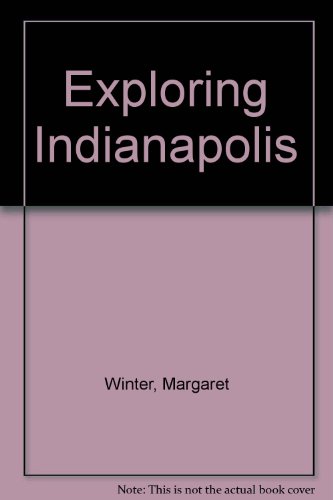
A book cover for Exploring Indianapolis; Margaret Winter; Travel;